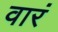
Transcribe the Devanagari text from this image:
वारं